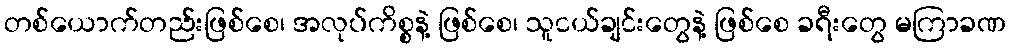
တစ်ယောက်တည်းဖြစ်စေ၊ အလုပ်ကိစ္စနဲ့ ဖြစ်စေ၊ သူငယ်ချင်းတွေနဲ့ ဖြစ်စေ ခရီးတွေ မကြာခဏ